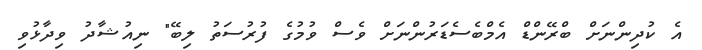
އެ ކުދިންނަށް ބްރޭންޑް އެމްބެސެޑަރުންނަށް ވެސް ވުމުގެ ފުރުސަތު ލިބޭ" ނިއުޝާދު ވިދާޅުވި